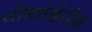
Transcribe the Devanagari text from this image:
लोकसंखेतील